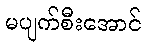
မပျက်စီးအောင်